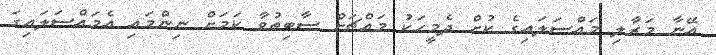
އޭނާ މަރާލި މައްސަލައިގެ ކުށް ދެމީހަކު މައްޗަށް ސާބިތުވާ ކަމަށް ނިންމައި އެމައްސަލައިގަ